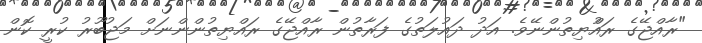
"ރާއްޖޭގެ ރައްުޔިތުންނޭވެ. އަދު ދައުލަތުގެ ފަރާތުން ރާއްޖޭގެ ރައްޔިތުންންނަށް މަޖުބޫރު ކުރީ ކޮން